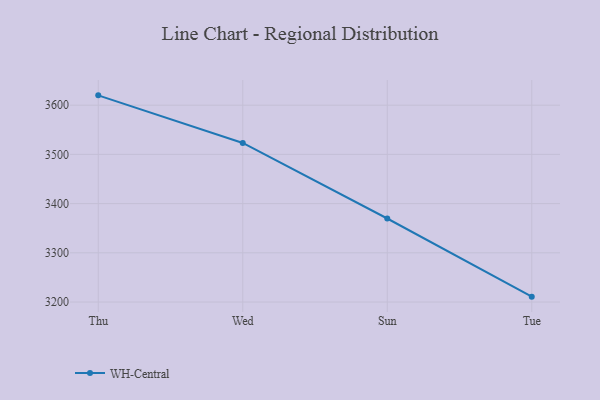
{"axis": {"x": "Day", "y": "Website Visitors"}, "legend": ["WH-Central"], "data": [{"x": "Thu", "y": 3620.0, "type": "WH-Central"}, {"x": "Wed", "y": 3523.2, "type": "WH-Central"}, {"x": "Sun", "y": 3369.7, "type": "WH-Central"}, {"x": "Tue", "y": 3210.9, "type": "WH-Central"}]}